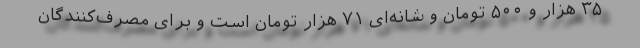
۳۵ هزار و ۵۰۰ تومان و شانه‌ای ۷۱ هزار تومان است و برای مصرف‌کنندگان